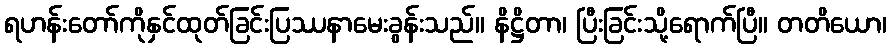
ရဟန်းတော်ကိုနှင်ထုတ်ခြင်းပြဿနာမေးခွန်းသည်။ နိဋ္ဌိတာ၊ ပြီးခြင်းသို့ရောက်ပြီ။ တတိယော၊